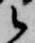
候